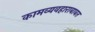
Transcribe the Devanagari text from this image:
कामव्यवहाराबाबत